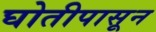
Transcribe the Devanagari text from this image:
घोतीपासून